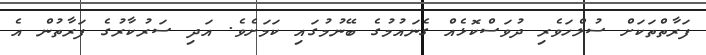
ފަރާތްތަކަށް ސުލްހަވެރި ދުވަސްކޮޅެއް ގެނައުމުގެ ބޭނުމުގައި ކަމަށެވެ. އަދި ސަރުކާރުގެ ފަރާތުން އެ